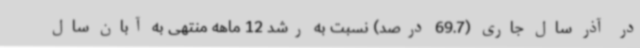
در آذر سال جاری (69.7 درصد) نسبت به رشد 12 ماهه منتهی به آبان سال